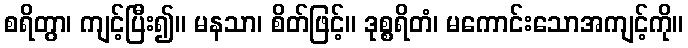
စရိတွာ၊ ကျင့်ပြီး၍။ မနသာ၊ စိတ်ဖြင့်။ ဒုစ္စရိတံ၊ မကောင်းသောအကျင့်ကို။